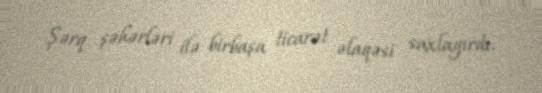
Şərq şəhərləri ilə birbaşa ticarət əlaqəsi saxlayırdı.